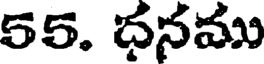
55. ధనము